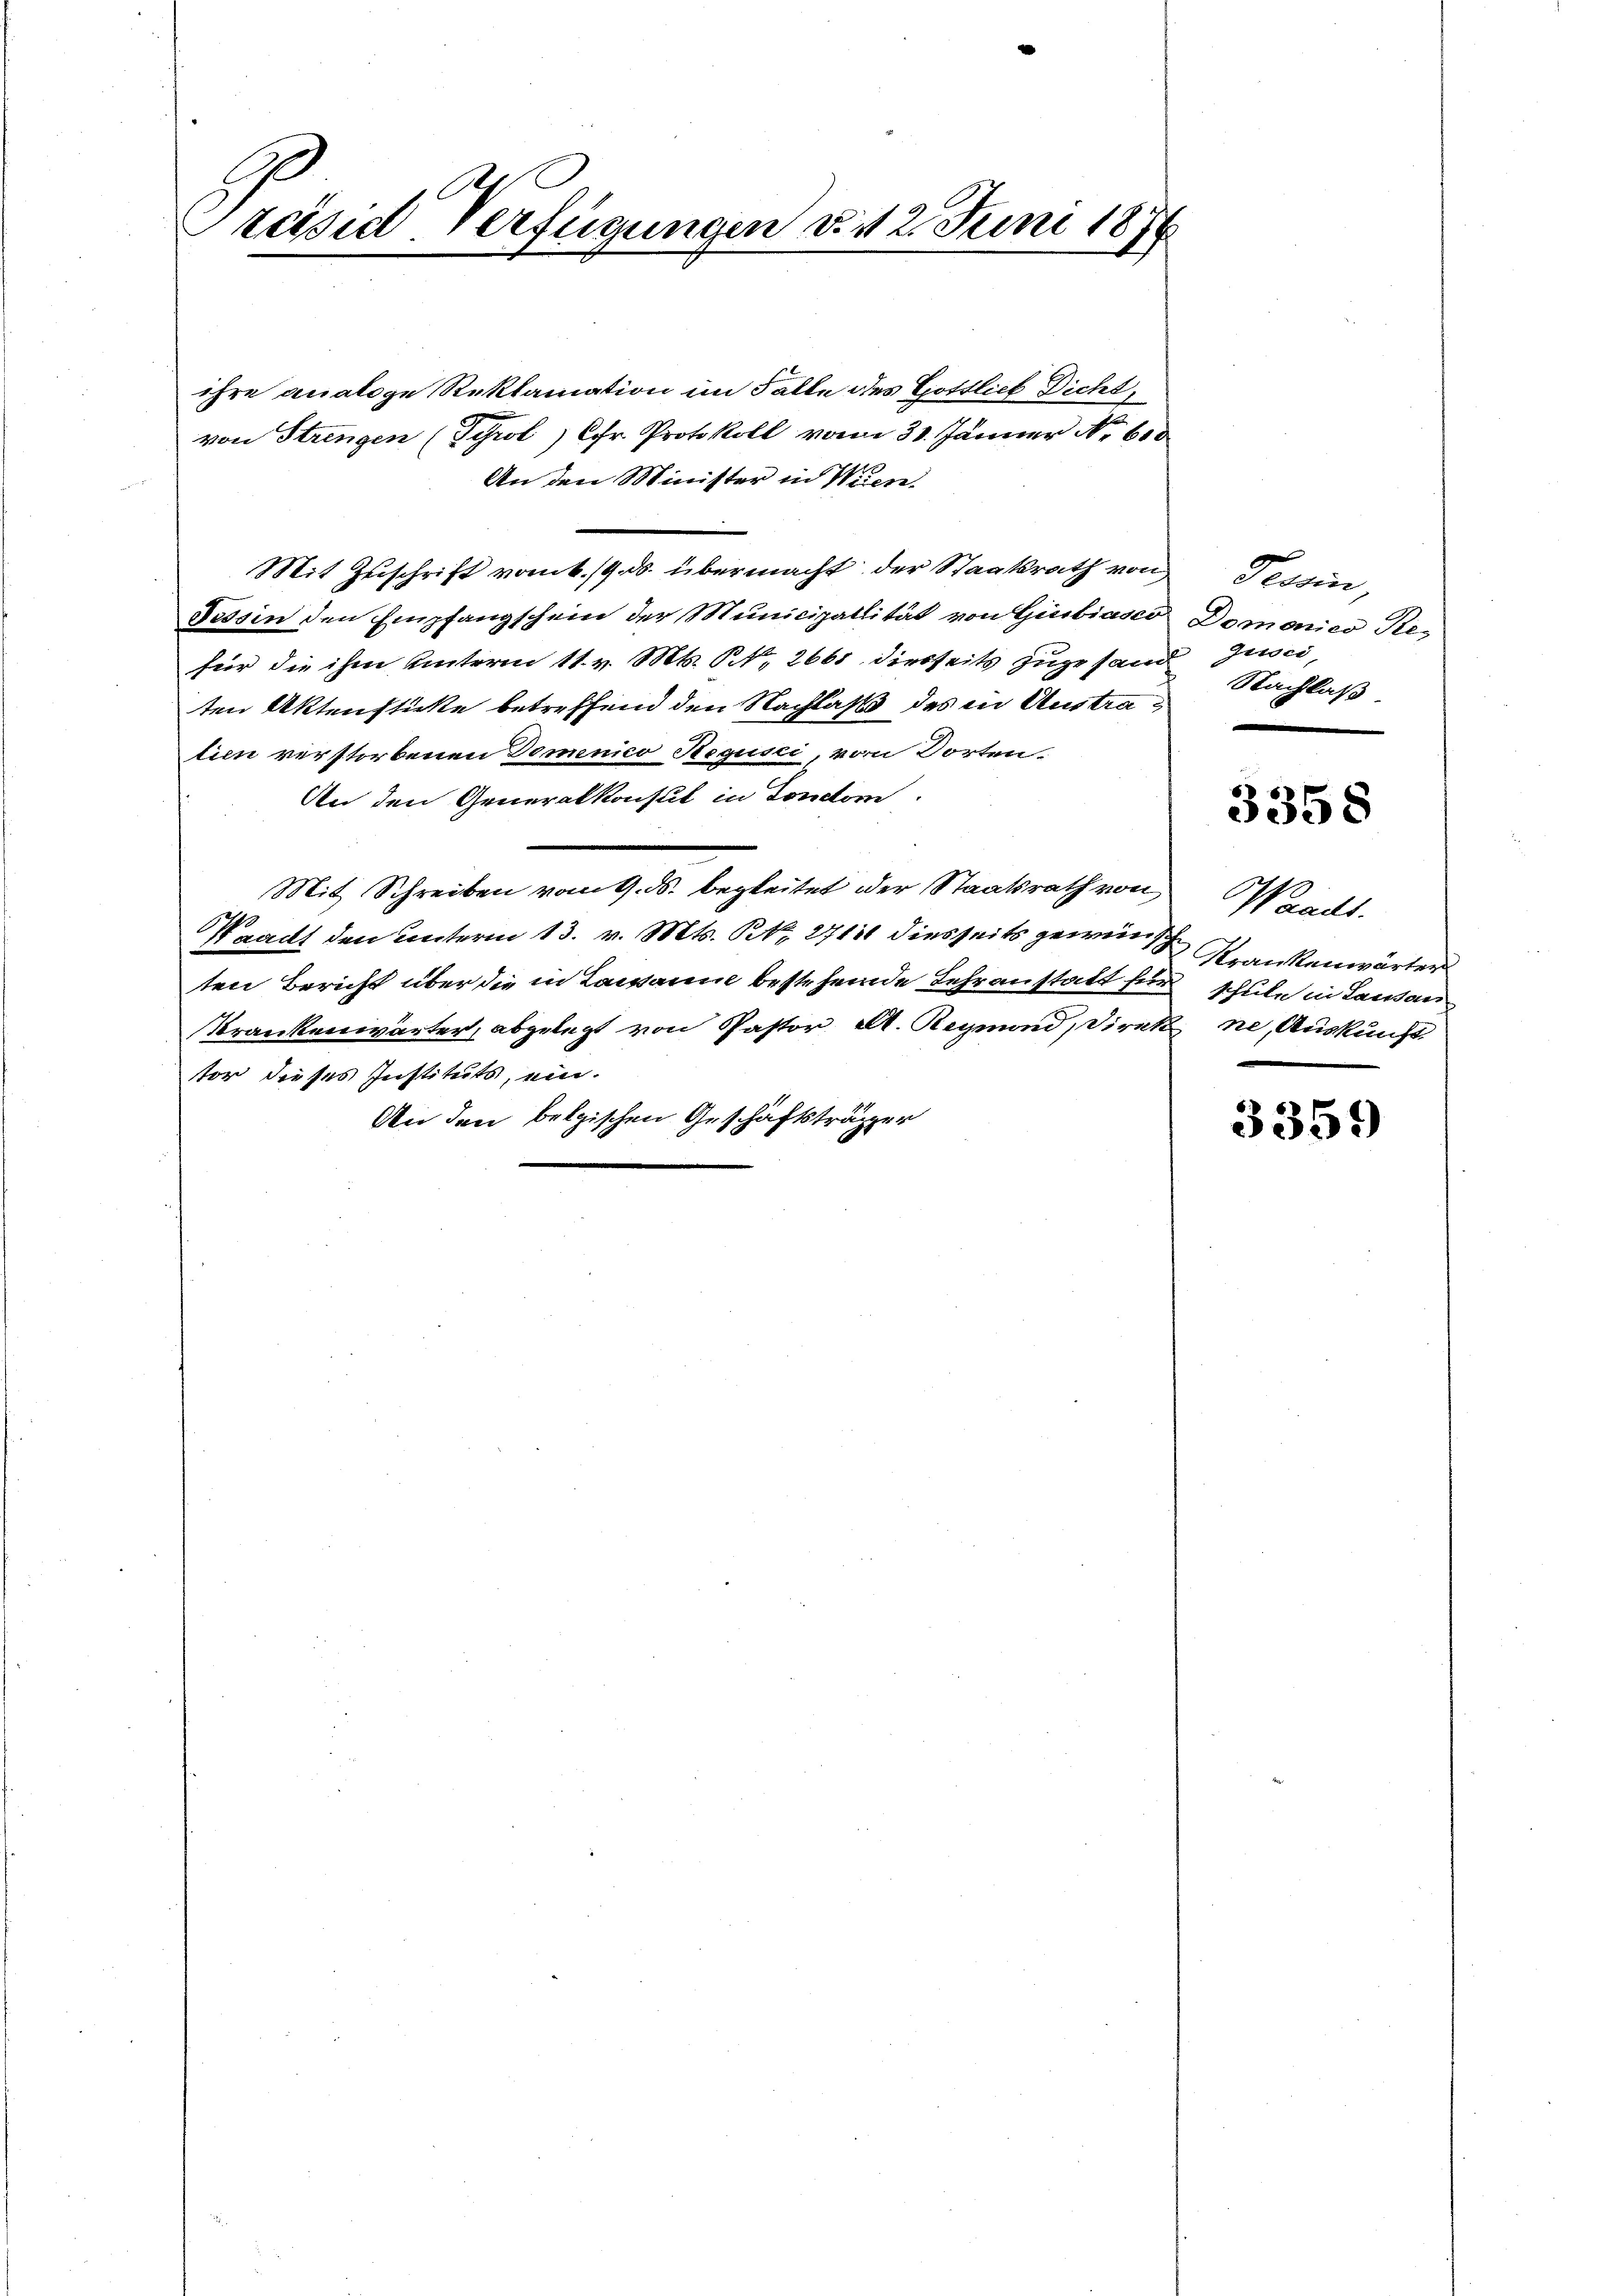
.
Präsid. Verfügungen v. 12. Juni 187
1

ihre analoge Reklamation im Falle des Gottlich Dicht,
von Strengen (Tyrol, Chr. Protokoll vom 31. Jänner No 600
An den Minister in Wien.
Mit Zuschrift vom k./9. ds. übermacht der Staatsrath von Tessin,
Tessin den Empfangschein der Municipalität von Giubiasco
für die ihm unterm 11. v. Mts. NNo. 2661 diesseits zugesamt Nachlaß
ten Aktenstückte betreffend den Nachlaß des in Austration verstorbenen Domenico Negusci, vom Dorten.
An den Generalkonsul in Fondtorn.
Mit Schreiben vom 9. ds. begleitet der Staatsrath von
Pracht den unterm 13. v. Mts. S. 271 diesseits gewünsc
ten Bericht über die in Lavanne bestehende Lehranstatt für schule in Lausan
Krankenwärter, abgelegt von Pastor A. Reymond, Direk ne, Auskunft
tor dieses Instituts, ein.
An den belgischen Geschäftsträger

Domenies Re-
gewei

3358

Waadt.
Krankenwärter

3359